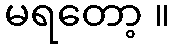
မရတော့ ။